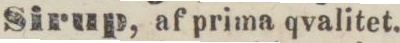
Sirup, af prima qvalitet.